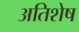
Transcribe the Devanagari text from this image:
अतिशेष